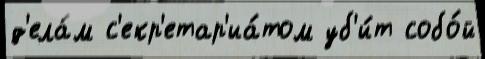
д'ела́м с'екр'етар'иа́том уб'и́т собо́й